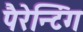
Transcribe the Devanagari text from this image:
पैरेन्टिंग